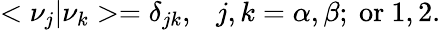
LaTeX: <\nu_{j}|\nu_{k}>=\delta_{jk},~~~j,k=\alpha,\beta;~\mathrm{or}~1,2.